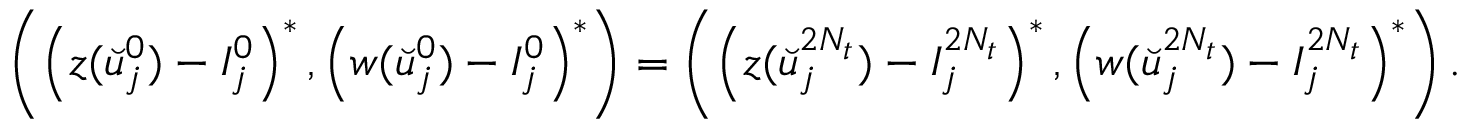
\begin{array} { r } { \left( \left( { z } ( \breve { u } _ { j } ^ { 0 } ) - I _ { j } ^ { 0 } \right) ^ { * } , \left( { w } ( \breve { u } _ { j } ^ { 0 } ) - I _ { j } ^ { 0 } \right) ^ { * } \right) = \left( \left( { z } ( \breve { u } _ { j } ^ { 2 N _ { t } } ) - I _ { j } ^ { 2 N _ { t } } \right) ^ { * } , \left( { w } ( \breve { u } _ { j } ^ { 2 N _ { t } } ) - I _ { j } ^ { 2 N _ { t } } \right) ^ { * } \right) . } \end{array}